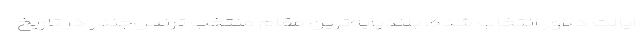
ایالت دلاور انتخاب شده، بلندپایه‌ترین مقام منتخب ترنس‌جندر در تاریخ